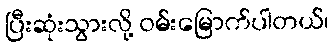
ပြီးဆုံးသွားလို့ ဝမ်းမြောက်ပါတယ်၊